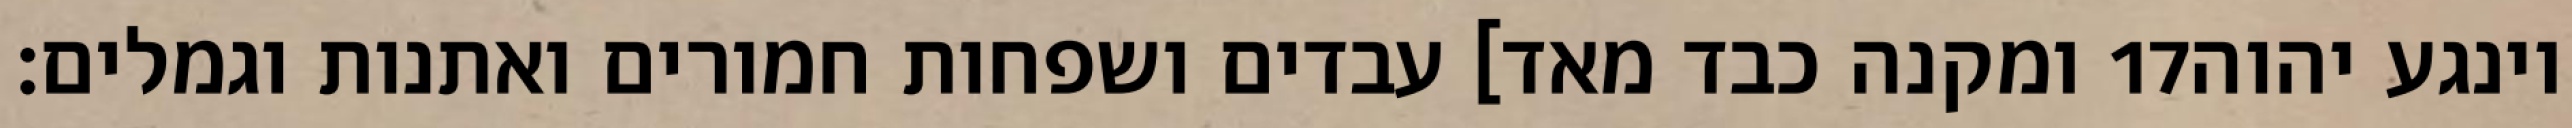
ומקנה כבד מאד] עבדים ושפחות חמורים ואתנות וגמלים׃ ‎17‏ וינגע יהוה